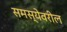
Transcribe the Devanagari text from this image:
समस्येवरील